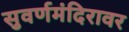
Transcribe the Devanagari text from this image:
सुवर्णमंदिरावर